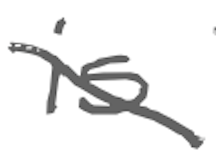
Text: is
Cross-out: diagonal
Writing tool: digital_gray